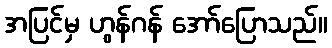
အပြင်မှ ဟွန်ဂန် အော်ပြောသည်။